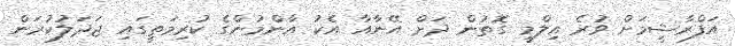
އަފްރާޝީމަށް ވުރެ އިލްމީ ގޮތުން ދަށް އޭނާއާ އެކު އާންމުންގެ ކުރިމަތީގައި ޖަދަލުކުރަން